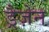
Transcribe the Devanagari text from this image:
ड्रैज़ेन